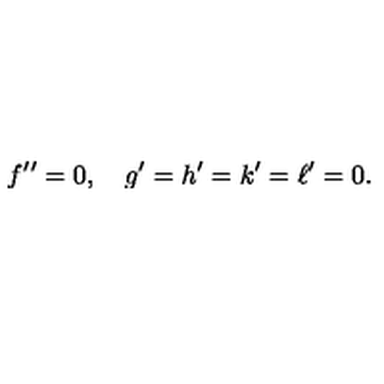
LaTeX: f { ' ^ { \prime } } = 0 , \quad g ^ { \prime } = h ^ { \prime } = k ^ { \prime } = \ell ^ { \prime } = 0 .